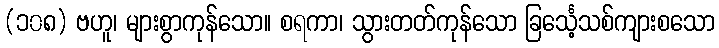
(၁၀၈) ဗဟူ၊ များစွာကုန်သော။ စရကာ၊ သွားတတ်ကုန်သော ခြင်္သေ့သစ်ကျားစသော